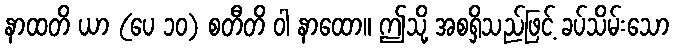
နာထတိ ယာ (ပေ ၁၀) စတီတိ ဝါ နာထော။ ဤသို့ အစရှိသည်ဖြင့် ခပ်သိမ်းသော